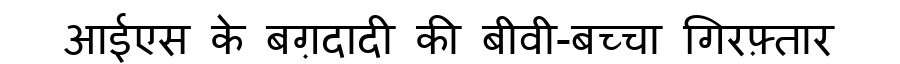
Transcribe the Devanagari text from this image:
आईएस के बग़दादी की बीवी-बच्चा गिरफ़्तार